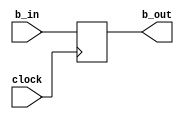
`timescale 1ns / 1ns

module second_block(
	input clock,
	input [23:0] b_in,
	output [23:0] b_out
   );


	reg [23:0] Reg;

	assign b_out = Reg;

	always@(posedge clock)
		begin
		Reg <= b_in;
		end

endmodule